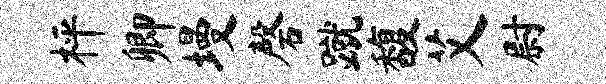
枰卿墁磬蹴馥艾尉